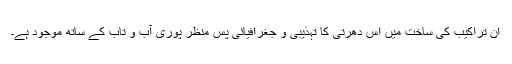
ان تراکیب کی ساخت میں اس دھرتی کا تہذیبی و جغرافیائی پس منظر پوری آب و تاب کے ساتھ موجود ہے۔